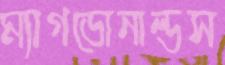
ম্যাগডোনাল্ডস